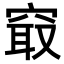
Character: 𥦡